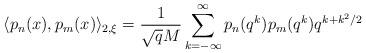
LaTeX: \begin{align*}\langle p_n(x),p_m(x)\rangle_{2,\xi}=\frac{1}{\sqrt{q}M}\sum_{k=-\infty}^{\infty}p_n(q^k)p_m(q^k)q^{k+k^2/2}\end{align*}